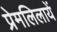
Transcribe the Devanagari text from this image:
प्रेमलिलायें